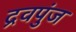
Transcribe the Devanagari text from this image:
द्रवपुंज